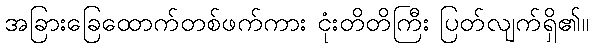
အခြားခြေထောက်တစ်ဖက်ကား ငုံးတိတိကြီး ပြတ်လျက်ရှိ၏။